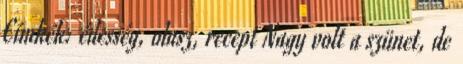
Címkék: édesség, olasz, recept Nagy volt a szünet, de